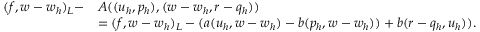
\begin{array} { r l } { ( { f } , { w } - { w } _ { h } ) _ { L } - } & { A ( ( { u } _ { h } , p _ { h } ) , ( { w } - { w } _ { h } , r - q _ { h } ) ) } \\ & { = ( { f } , { w } - { w } _ { h } ) _ { L } - ( a ( { u } _ { h } , { w } - { w } _ { h } ) - b ( p _ { h } , { w } - { w } _ { h } ) ) + b ( r - q _ { h } , { u } _ { h } ) ) . } \end{array}